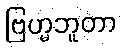
ဗြဟ္မဘူတာ